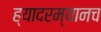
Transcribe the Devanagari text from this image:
ह्यादरम्यानच